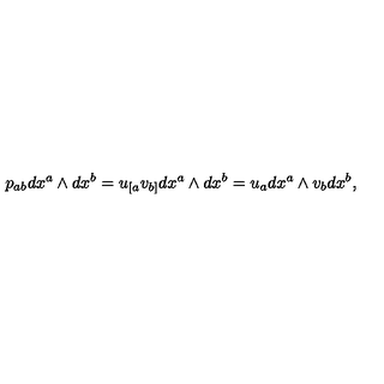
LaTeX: p _ { a b } d x ^ { a } \wedge d x ^ { b } = u _ { [ a } v _ { b ] } d x ^ { a } \wedge d x ^ { b } = u _ { a } d x ^ { a } \wedge v _ { b } d x ^ { b } ,